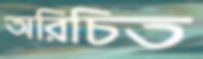
অরিচিত